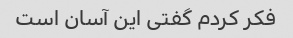
فکر کردم گفتی این آسان است